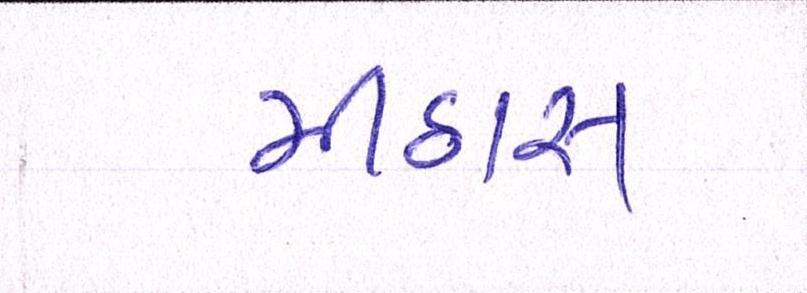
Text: મીઠાસ